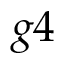
g 4